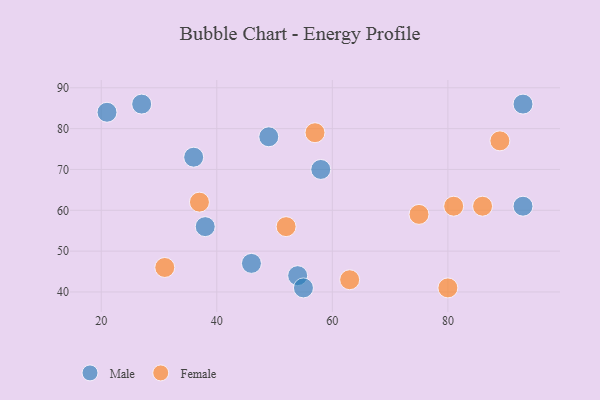
{"axis": {"x": "GDP", "y": "Life Expectancy"}, "legend": ["Female", "Male"], "data": [{"x": "58", "y": 70, "type": "Male"}, {"x": "93", "y": 61, "type": "Male"}, {"x": "21", "y": 84, "type": "Male"}, {"x": "27", "y": 86, "type": "Male"}, {"x": "36", "y": 73, "type": "Male"}, {"x": "38", "y": 56, "type": "Male"}, {"x": "54", "y": 44, "type": "Male"}, {"x": "93", "y": 86, "type": "Male"}, {"x": "46", "y": 47, "type": "Male"}, {"x": "55", "y": 41, "type": "Male"}, {"x": "49", "y": 78, "type": "Male"}, {"x": "81", "y": 61, "type": "Female"}, {"x": "80", "y": 41, "type": "Female"}, {"x": "89", "y": 77, "type": "Female"}, {"x": "75", "y": 59, "type": "Female"}, {"x": "52", "y": 56, "type": "Female"}, {"x": "86", "y": 61, "type": "Female"}, {"x": "31", "y": 46, "type": "Female"}, {"x": "57", "y": 79, "type": "Female"}, {"x": "37", "y": 62, "type": "Female"}, {"x": "63", "y": 43, "type": "Female"}]}